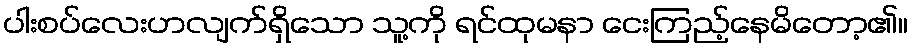
ပါးစပ်လေးဟလျက်ရှိသော သူ့ကို ရင်ထုမနာ ငေးကြည့်နေမိတော့၏။